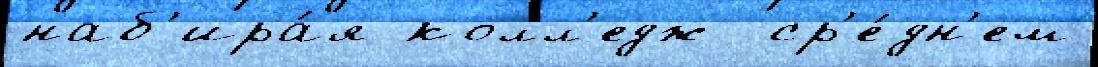
наб'ира́я колл'едж  ср'е́дн'ем